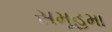
સમૂહમા